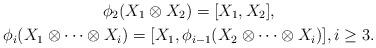
LaTeX: \begin{gather*}\phi_2(X_1\otimes X_2)=[X_1,X_2],\\\phi_i(X_1\otimes \cdots \otimes X_i)=[X_1,\phi_{i-1}(X_2\otimes \cdots\otimes X_i)],i\geq 3.\end{gather*}